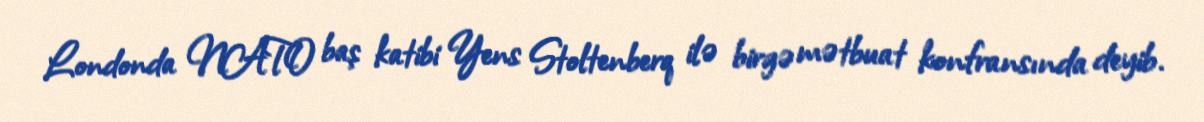
Londonda NATO baş katibi Yens Stoltenberq ilə birgə mətbuat konfransında deyib.